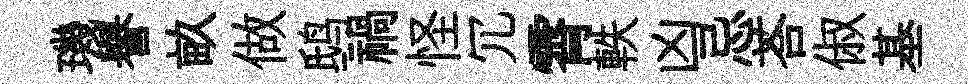
璣譽畝做鸱禍怪冗霄軼凶忌荅俶基